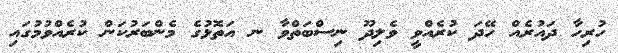
ހުރިހާ ދައުރެއް ހޭދަ ކުރެއްވީ ވެލިދޫ ނިސްބަތްވާ ނ އަތޮޅުގެ މެންބަރުކަން ކުރެއްވުމުގައި